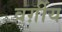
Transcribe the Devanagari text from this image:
वर्ग़ीय